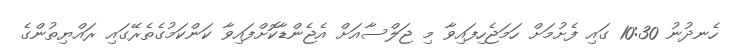
ހެނދުނު 10:30 ގައި ފެށުމަށް ހަމަޖެހިފައިވާ މި ޖަލްސާއަށް އެޖެންޑާކޮށްފައިވާ ކަންކަމުގެތެރޭގައި ރައްޔިތުންގެ